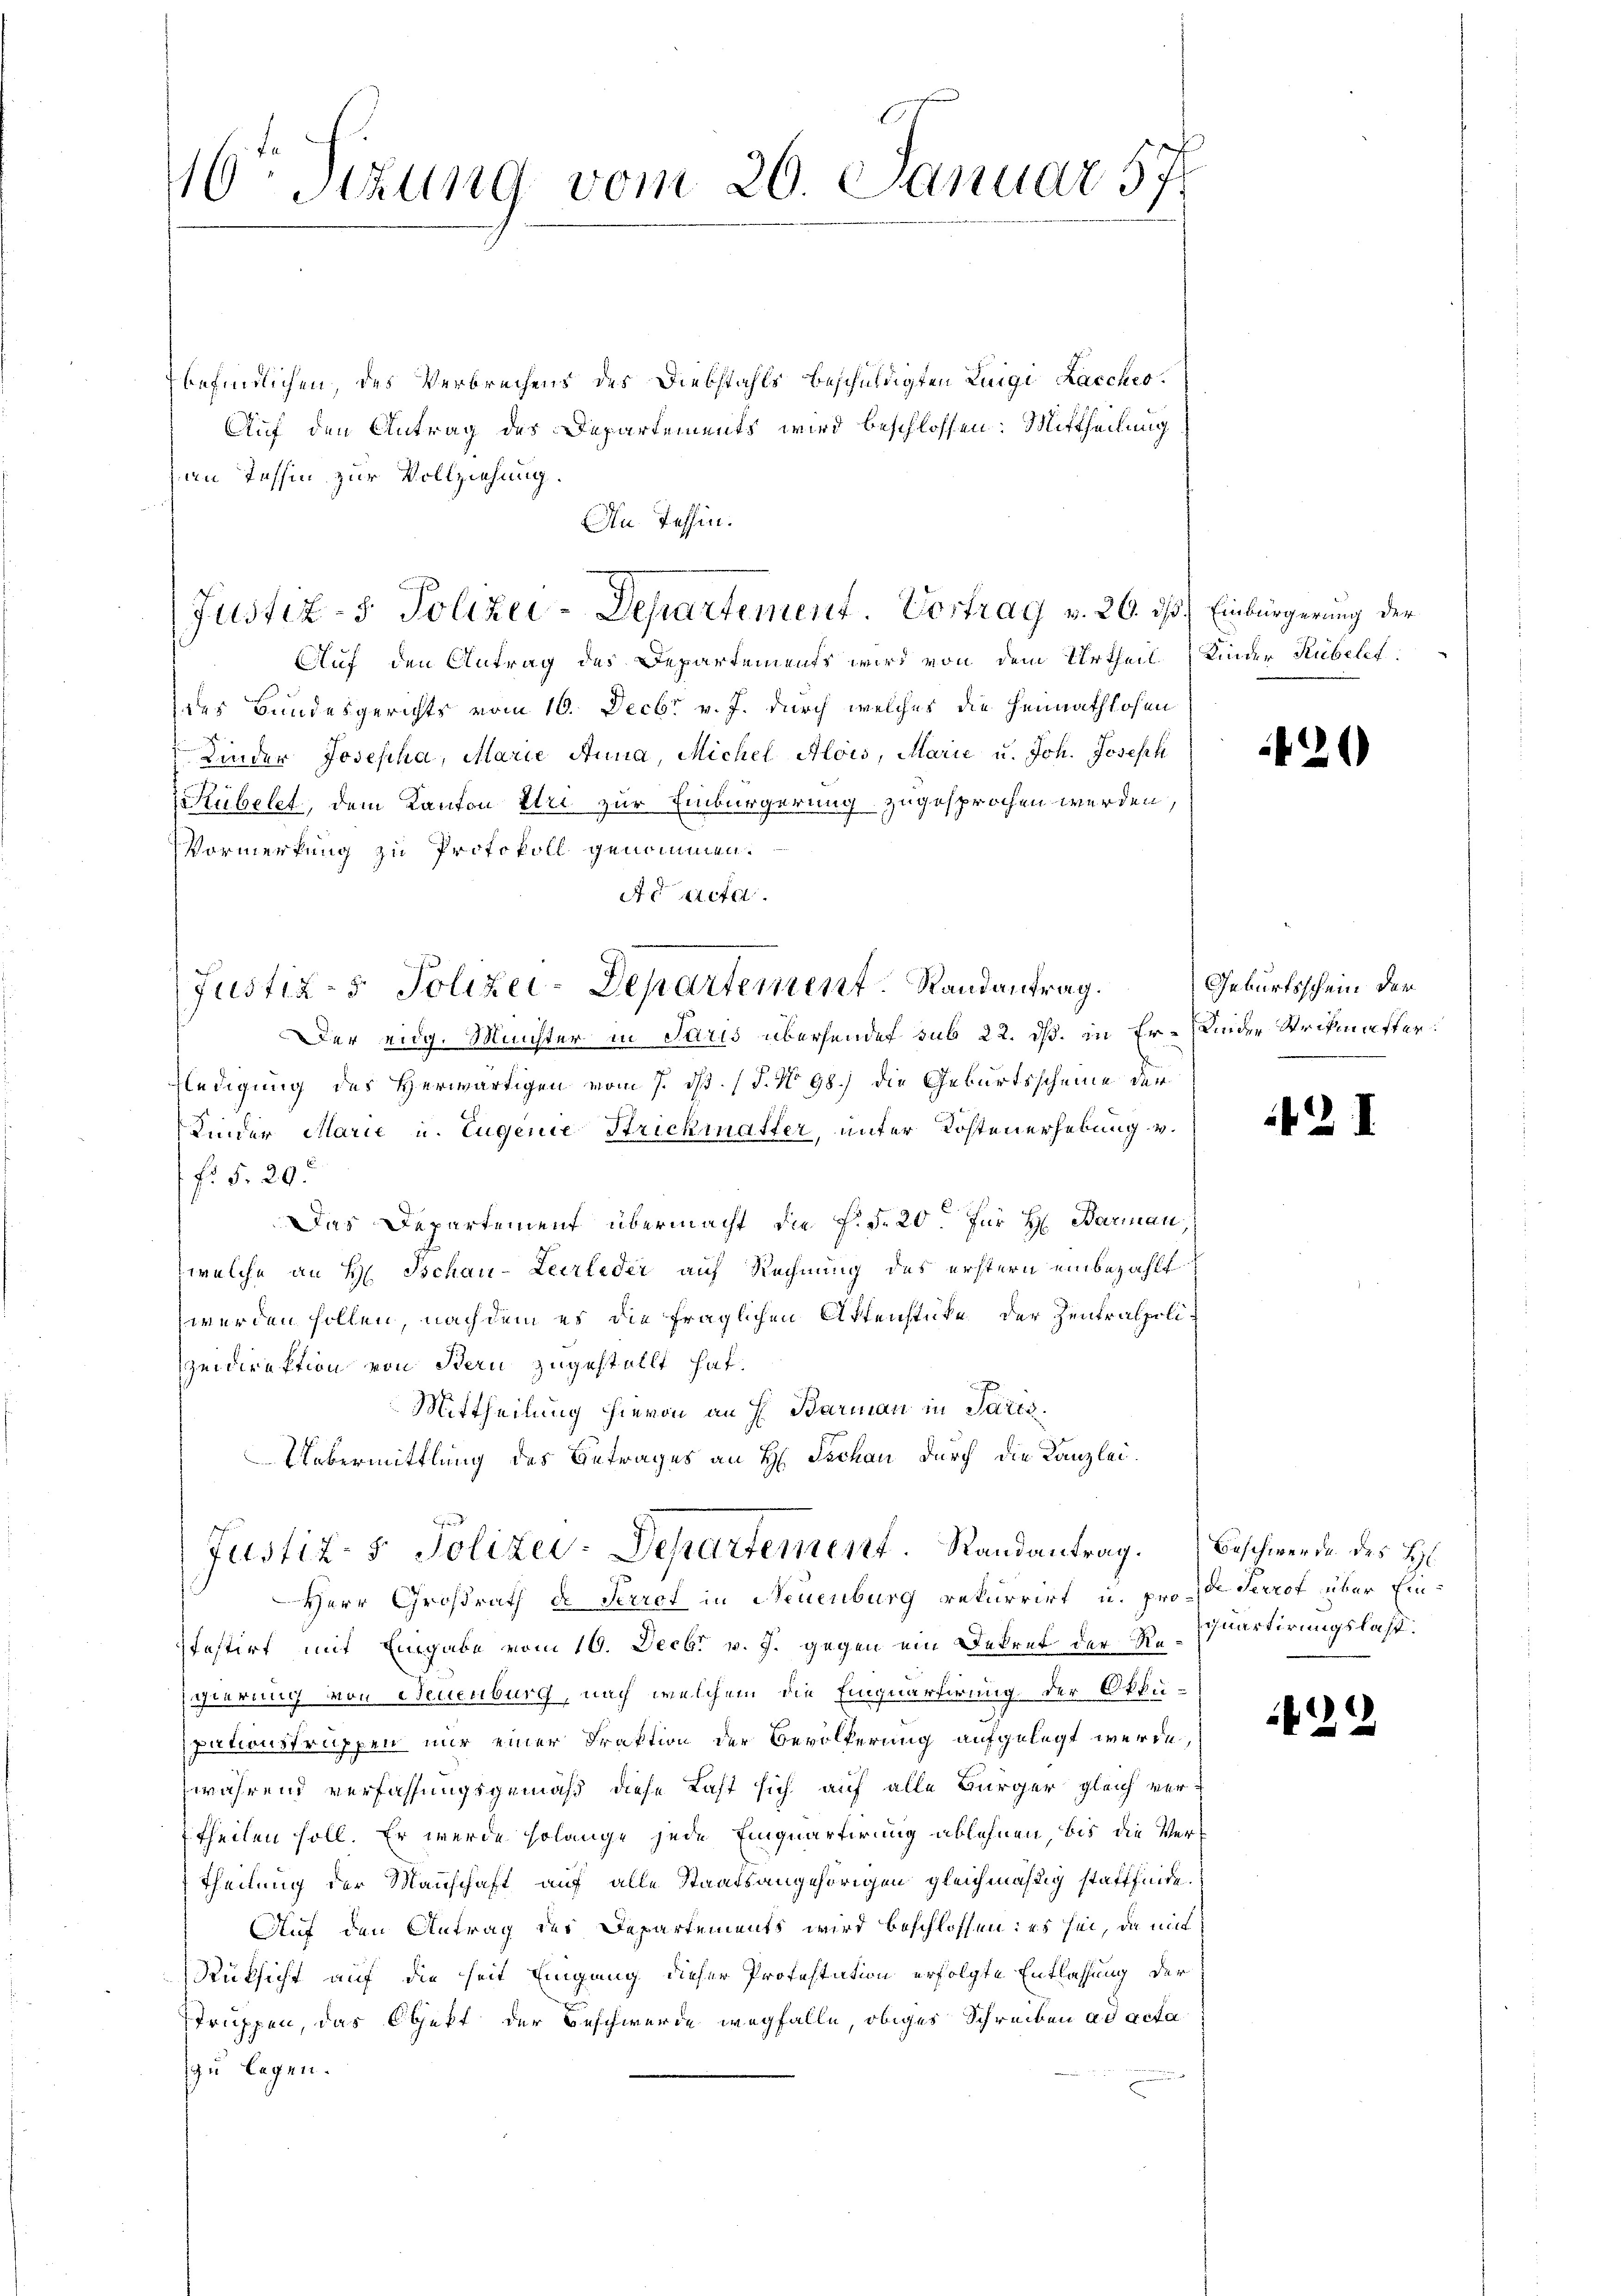
16ten Sizung vom 26. Januar 57

befindlichen, des Verbrechens des Diebstahls beschuldigten Luigi Lacches
Auf den Antrag des Departements wird beschlossen: Mittheilung
an Tessin zur Vollziehung.
An Tessin.
Auf den Antrag des Departements wird von dem Urtheil Kinder Rubilet.
des Bundesgerichts vom 16. Decbr v. J. durch welches die Heimathlosen
Kinder Josepha, Marie Anna, Michel Alois, Marie u. Joh. Joseph
Hübelet, dem Kanton klei zur Einbürgerung zugesprochen werden,
Vormerkung zu Protokoll genommen.
Aeacta
Der eidg. Münster in Paris überhandet sub 22. dß. in Er-Kinder Strikmaster:
fledigung des Herwärtigen vom 7. dß. (T. No 98.) Die Geburtsscheine der
Kinder Marie u. Eugenie Strickmatter, unter Kostenerhebung v.
fr §. 29.
Das Departement übermacht die h. d. 20. für H. Barian,
welche an H. Tschau-Leerleder auf Rechnung des erstern einbezahlt
werden sollen, nachdem es die fraglichen Affenstüke der Zentralpolizeidirektion von Bern zugestellt hat.
Mittheilung hievon an H. Barmann in Paris.
Uebermittlung des Betrages an H. Tschau durch die Kanzlei¬
Justiz- & Polizei-Departement. Randantrag. Beschwerde des H
Herr Großrath die Perrct in Neuenburg rekurrirt u. pro de Perrot über Einfestirt mit Eingabe vom 10. Decbr v. J. gegen ein Dekret der Reschierung von Neuenburg, nach welchem die Einquartirung der Okku-
pationstruppen nur einer Draktion der Bevölkerung aufgelegt werde,
während verfassungsgemäß diese Last sich auf alle Bürger gleich vertheilen soll. Er werde solange jede Einquartirung ablehnen, bis die Ver¬
Theilung der Manschaft auf alle Staatsangehörigen gleichmäßig stattfinde.
Auf den Antrag des Departements wird beschlossen: es sei, da mit
Rüksicht auf die heit Eingang dieser Profestation erfolgte Entlassung der
struppen, das Objekt der Beschwerde wegfalle, obiges Schreiben ad acta
zu legen.

Justiz- & Polizei-Departement. Vortrag v. 26. ds Einbürgerung der

Justiz- & Polizei-Departement. Randantrag.

26

Geburtsschein der

2

quartirungslast.

.